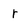
Character: r